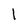
Character: l